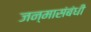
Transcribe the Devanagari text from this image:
जन्मासंबंधी